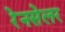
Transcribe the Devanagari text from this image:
रेनसेलर